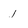
Character: 1